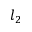
l _ { 2 }